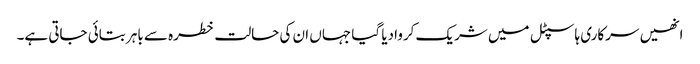
انھیں سرکاری ہاسپٹل میں شریک کروادیا گیا جہاں ان کی حالت خطرہ سے باہر بتائی جاتی ہے۔